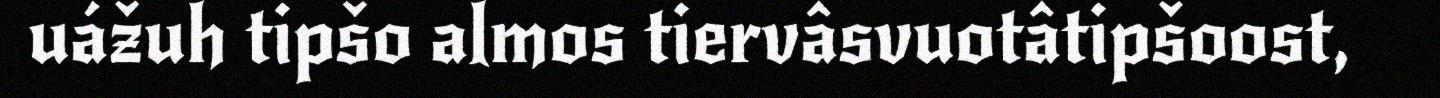
uážuh tipšo almos tiervâsvuotâtipšoost,